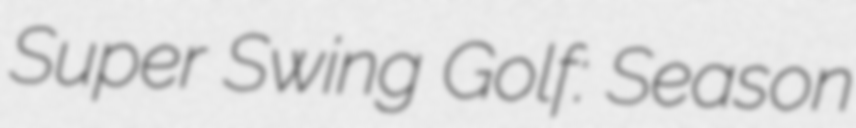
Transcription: Super Swing Golf: Season